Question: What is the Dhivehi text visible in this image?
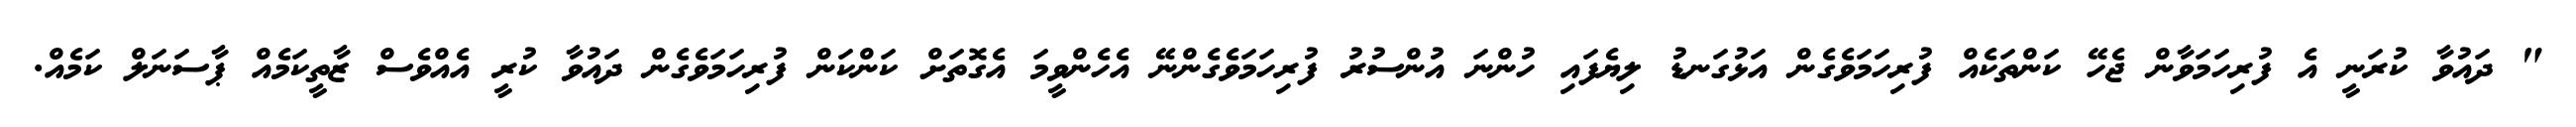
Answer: " ދައުވާ ކުރަނީ އެ ފުރިހަމަވާން ޖެހޭ ކަންތަކެއް ފުރިހަމަވެގެން އަޅުގަނޑު ލިޔެފައި ހުންނަ އުންސުރު ފުރިހަމަވެގެންނޭ އެހެންވީމަ އެގޮތަށް ކަންކަން ފުރިހަމަވެގެން ދައުވާ ކުރީ އެއްވެސް ޒާތީކަމެއް ޕާސަނަލް ކަމެއް.